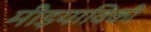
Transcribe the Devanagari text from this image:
मीड़याविकी